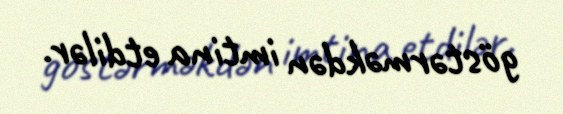
göstərməkdən imtina etdilər.